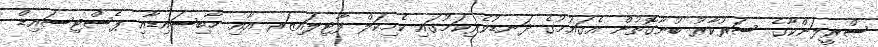
ސްރީލަންކާގެ ސަރުކާރު ބުނާގޮތުން އެގައުމުގެ ދަނޑުވެރިކަމުގައި ކެމިކަލް ފާޓިލައިޒަރ އާއި ހާބިސައިޑާއި ޕެސްޓިސައިޑް